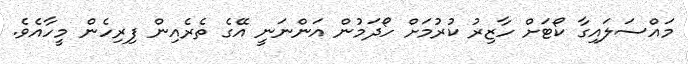
މައްސަލައިގާ ކޯޓަށް ހާޒިރު ކުރުމަށް ހޯދަމުން އަންނަނީ އޭގެ ތެރެއިން ފިރިހެން މީހާއެވެ.